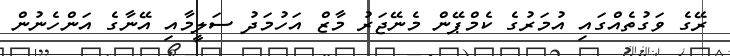
ރޭގެ ވަގުތެއްގައި އުމަރުގެ ކެމްޕޭން މެނޭޖަރު މާޒް އަހުމަދު ސަލީމާއި އޭނާގެ އަންހެނުން